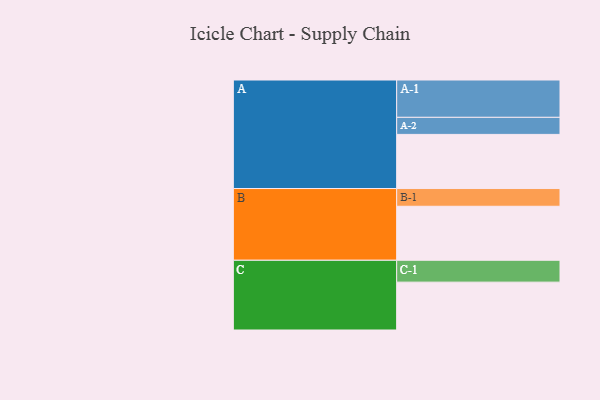
{"axis": {"x": "Segment", "y": "Value"}, "legend": ["", "A", "B", "C"], "data": [{"x": "A", "y": 406, "type": ""}, {"x": "B", "y": 405, "type": ""}, {"x": "C", "y": 359, "type": ""}, {"x": "A-1", "y": 280, "type": "A"}, {"x": "A-2", "y": 128, "type": "A"}, {"x": "B-1", "y": 133, "type": "B"}, {"x": "C-1", "y": 164, "type": "C"}]}